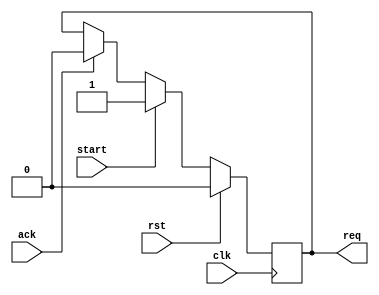
module ysyx_210544_mem_nothing(
  input   wire                clk,
  input   wire                rst,

  input   wire                start,
  input   wire                ack,
  output  reg                 req
);

always @(posedge clk) begin
  if (rst) begin
    req <= 0;
  end
  else begin
    // set request
    if (start) begin
      req <= 1;
    end
    // clear request
    else if (ack) begin
      req <= 0;
    end
  end
end

endmodule